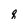
Character: q